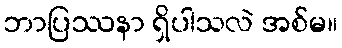
ဘာပြဿနာ ရှိပါသလဲ အစ်မ။